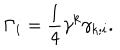
\Gamma _ { i } = \frac { 1 } { 4 } \gamma ^ { k } \gamma _ { k ; i } .